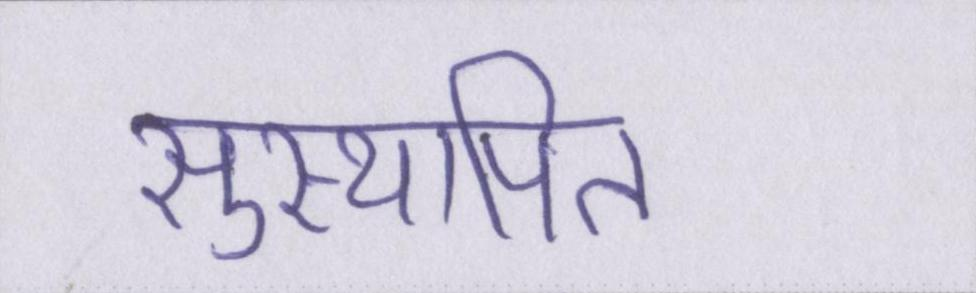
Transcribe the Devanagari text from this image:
सुस्थापित